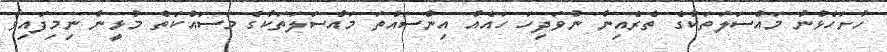
ހުށަހެޅުނު މައްސަލަތަކުގެ ތެރެއިން ނުވަދިހަ ހައެއް އިންސައްތަ މައްސަލަތަކުގެ މަސައްކަތް މުޅީން ނިމިފައިވާ